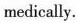
medically.